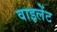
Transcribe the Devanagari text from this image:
वाइलेंट